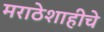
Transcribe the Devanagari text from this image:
मराठेशाहीचे